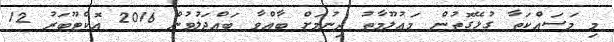
މި މަސައްކަތާ ގުޅޭގޮތުން މަޢުލޫމާތު ދިނުމަށް ބާއްވާ ބައްދަލުވުން 2016 އޮކްޓޫބަރު 12